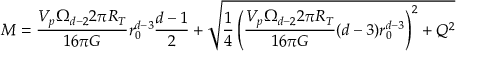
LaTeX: M = \frac { V _ { p } \Omega _ { d - 2 } 2 \pi R _ { T } } { 1 6 \pi G } r _ { 0 } ^ { d - 3 } \frac { d - 1 } { 2 } + \sqrt { \frac { 1 } { 4 } \left( \frac { V _ { p } \Omega _ { d - 2 } 2 \pi R _ { T } } { 1 6 \pi G } ( d - 3 ) r _ { 0 } ^ { d - 3 } \right) ^ { 2 } + Q ^ { 2 } }